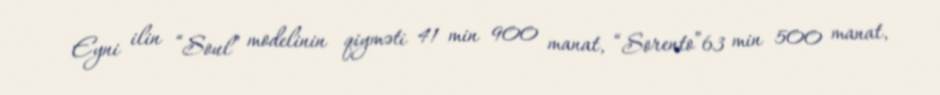
Eyni ilin “Soul” modelinin qiyməti 41 min 900 manat, “Sorento”63 min 500 manat,